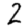
Digit: 2